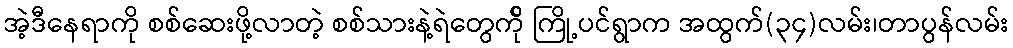
အဲ့ဒီနေရာကို စစ်ဆေးဖို့လာတဲ့ စစ်သားနဲ့ရဲတွေက်ို ကြို့ပင်ရွာက အထွက်(၃၄)လမ်း၊တာပွန်လမ်း